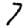
Digit: 7